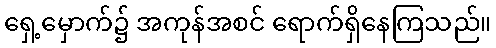
ရှေ့မှောက်၌ အကုန်အစင် ရောက်ရှိနေကြသည်။